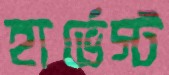
হার্ভেস্ট